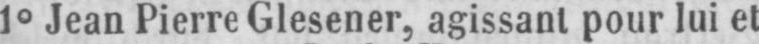
1° Jean Pierre Glesener, agissant pour lui et